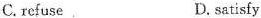
C. refuse D.satisfy